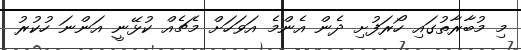
މި މުބާރާތުގައި ހޯރަފުށި ދެން އެންމެ އަވަހަށް މެޗެއް ކުޅޭނީ އަންނަ ހުކުރު